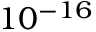
1 0 ^ { - 1 6 }